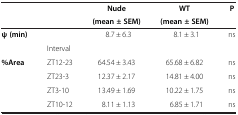
|  |  | Nude | WT | P |
 |  |  | (mean ± SEM) | (mean ± SEM) |  |
 | --- | --- | --- | --- | --- |
 | ψ (min) |  | 8.7 ± 6.3 | 8.1 ± 3.1 | ns |
 |  | Interval |  |  |  |
 | <ROWSPAN=3> %Area | ZT12-23 | 64.54 ± 3.43 | 65.68 ± 6.82 | ns |
 | ZT23-3 | 12.37 ± 2.17 | 14.81 ± 4.00 | ns |
 | ZT3-10 | 13.49 ± 1.69 | 10.22 ± 1.75 | ns |
 |  | ZT10-12 | 8.11 ± 1.13 | 6.85 ± 1.71 | ns |